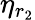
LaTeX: \eta_{r_{2}}